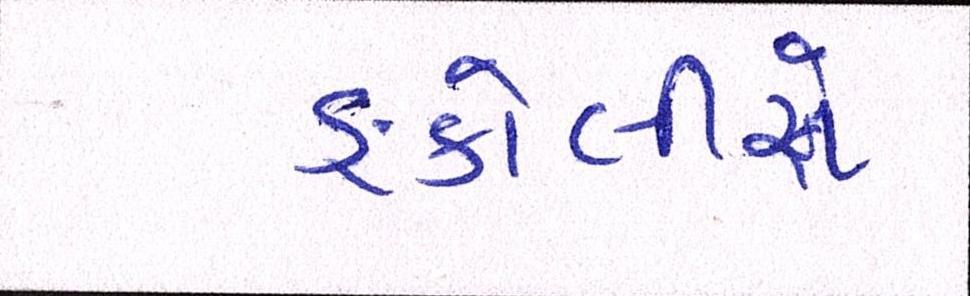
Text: ઙ્કોલીસે